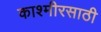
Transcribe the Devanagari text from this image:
काश्मीरसाठी